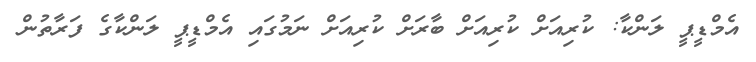
އެމްޑީޕީ ލަންކާ: ކުރިއަށް ކުރިއަށް ބާރަށް ކުރިއަށް ނަމުގައި އެމްޑީޕީ ލަންކާގެ ފަރާތުން